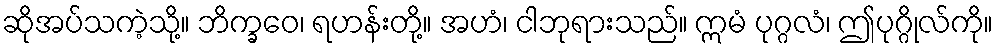
ဆိုအပ်သကဲ့သို့။ ဘိက္ခဝေ၊ ရဟန်းတို့။ အဟံ၊ ငါဘုရားသည်။ ဣမံ ပုဂ္ဂလံ၊ ဤပုဂ္ဂိုလ်ကို။